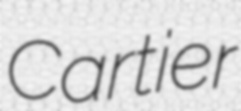
Cartier